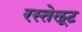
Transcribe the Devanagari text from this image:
रस्तेलूट